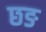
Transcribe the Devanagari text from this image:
छङ